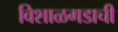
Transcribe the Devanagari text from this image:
विशाळगडाची